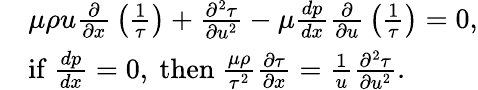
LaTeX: {\begin{array}{rl}&{\mu\rho u{\frac{\partial}{\partial x}}\left({\frac{1}{\tau}}\right)+{\frac{\partial^{2}\tau}{\partial u^{2}}}-\mu{\frac{dp}{dx}}{\frac{\partial}{\partial u}}\left({\frac{1}{\tau}}\right)=0,}\\ &{{\mathrm{if~}}{\frac{dp}{dx}}=0,{\mathrm{~then~}}{\frac{\mu\rho}{\tau^{2}}}{\frac{\partial\tau}{\partial x}}={\frac{1}{u}}{\frac{\partial^{2}\tau}{\partial u^{2}}}.}\end{array}}